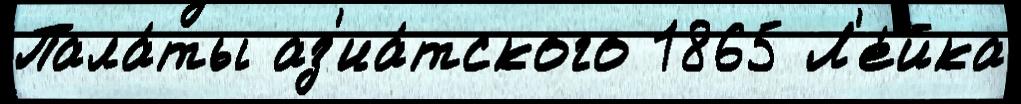
Пала́ты аз'иа́тского 1865 Л'е́йка